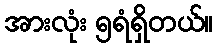
အားလုံး ၅ရံရှိတယ်။